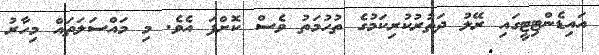
އައިޑެންޓިޓީގައި ރޭލު ދަތުރުކުރިކަމުގެ ތުހުމަތު ވެސް ކޮށްފަ އެވެ. މި މައްސަލަތައް މިހާރު